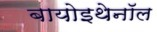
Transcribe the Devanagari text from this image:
बायोइथेनॉल